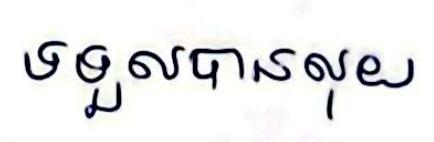
ទទួលបានលុយ